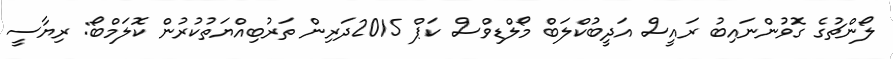
ލޯންޗުގެ ގޮވުންނައިބު ރައީސް އަދީބުކްލަބް މޯލްޑިވްސް ކަޕް 2015ދަރިން ތަރުބިއްޔަތުކުރުން ކޮލަމްބޯ: ރިޔާސީ